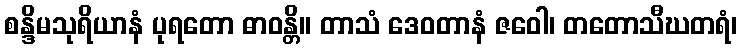
စန္ဒိမသုရိယာနံ ပုရတော ဓာဝန္တိ။ တာသံ ဒေဝတာနံ ဇဝေါ၊ တတောသီဃတရံ၊